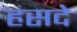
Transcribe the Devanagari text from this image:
हसदे